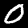
Digit: 0